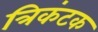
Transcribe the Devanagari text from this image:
त्रिकंटक